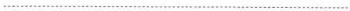
…………………………………………………………